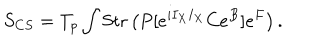
S _ { C S } = T _ { p } \int \mathrm { S t r } \left( P [ e ^ { i I _ { X } I _ { X } } C e ^ { B } ] e ^ { F } \right) .